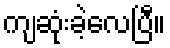
ကျဆုံးခဲ့လေပြီ။